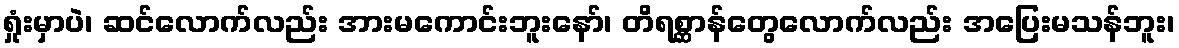
ရှုံးမှာပဲ၊ ဆင်လောက်လည်း အားမကောင်းဘူးနော်၊ တိရစ္ဆာန်တွေလောက်လည်း အပြေးမသန်ဘူး၊